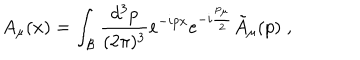
LaTeX: A _ { \mu } ( x ) = \int _ { \cal B } { \frac { d ^ { 3 } p } { ( 2 \pi ) ^ { 3 } } } e ^ { - i p x } e ^ { - i { \frac { p _ { \mu } } { 2 } } } { \tilde { A } } _ { \mu } ( p ) \; ,